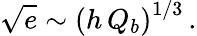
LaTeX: \sqrt{e}\sim\left(h\, Q_{b}\right)^{1/3}\, .